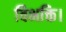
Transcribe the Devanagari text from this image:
विभक्ति।